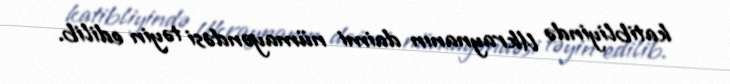
katibliyində Ukraynanın daimi nümayəndəsi təyin edilib.